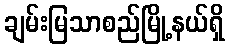
ချမ်းမြသာစည်မြို့နယ်ရှိ